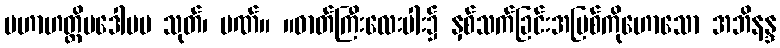
မဟာဟတ္တိပဒေါပမ သုတ်၊ ပဏ်။ ။ဓာတ်ကြီးလေးပါး၌ နှစ်သက်ခြင်းအပြစ်ကိုဟောသော အဘိနန္ဒ